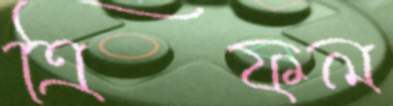
ত্রিফল